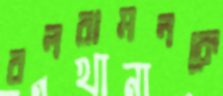
বলরামনকে